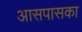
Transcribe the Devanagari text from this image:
आसपासका